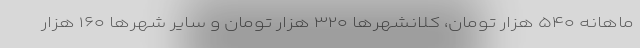
ماهانه ۵۴۰ هزار تومان، کلانشهرها ۳۲۰ هزار تومان و سایر شهرها ۱۶۰ هزار